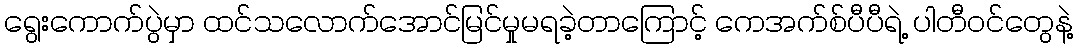
ရွေးကောက်ပွဲမှာ ထင်သလောက်အောင်မြင်မှုမရခဲ့တာကြောင့် ကေအက်စ်ပီပီရဲ့ ပါတီဝင်တွေနဲ့